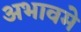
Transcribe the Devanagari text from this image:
अभावमे